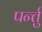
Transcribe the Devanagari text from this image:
पर्न्तु